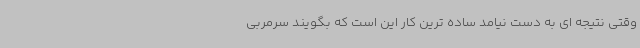
وقتی نتیجه ای به دست نیامد ساده ترین کار این است که بگویند سرمربی